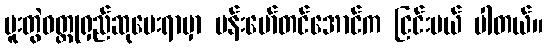
ပူးတွဲဝတ္ထုရှည်ဆုပေးရာမှာ ဗန်းမော်တင်အောင်က ငြင်းပယ် ပါတယ်။